Report on horse surra - Volume II, Part I
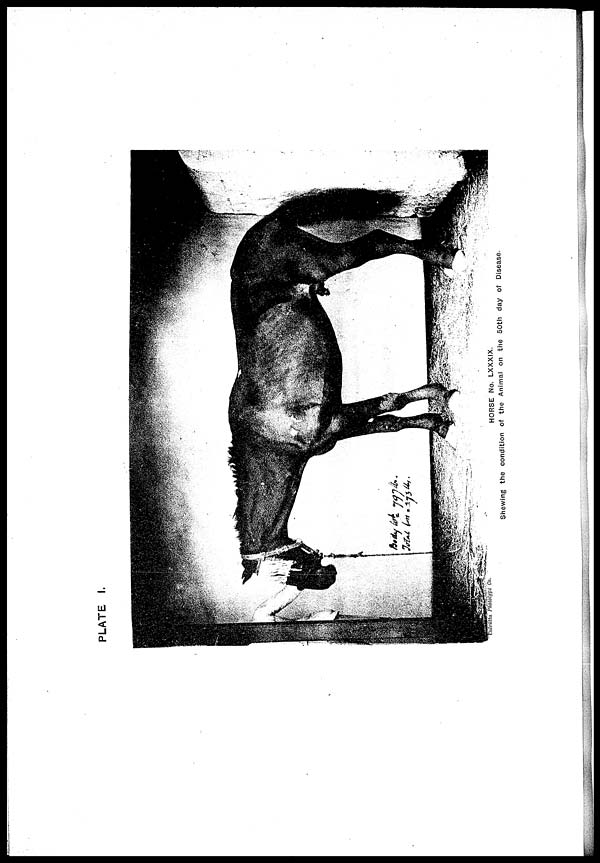
PLATE I.
HORSE No. LXXXIX.
Shewing the condition of the Animal on the 50th day of Disease.